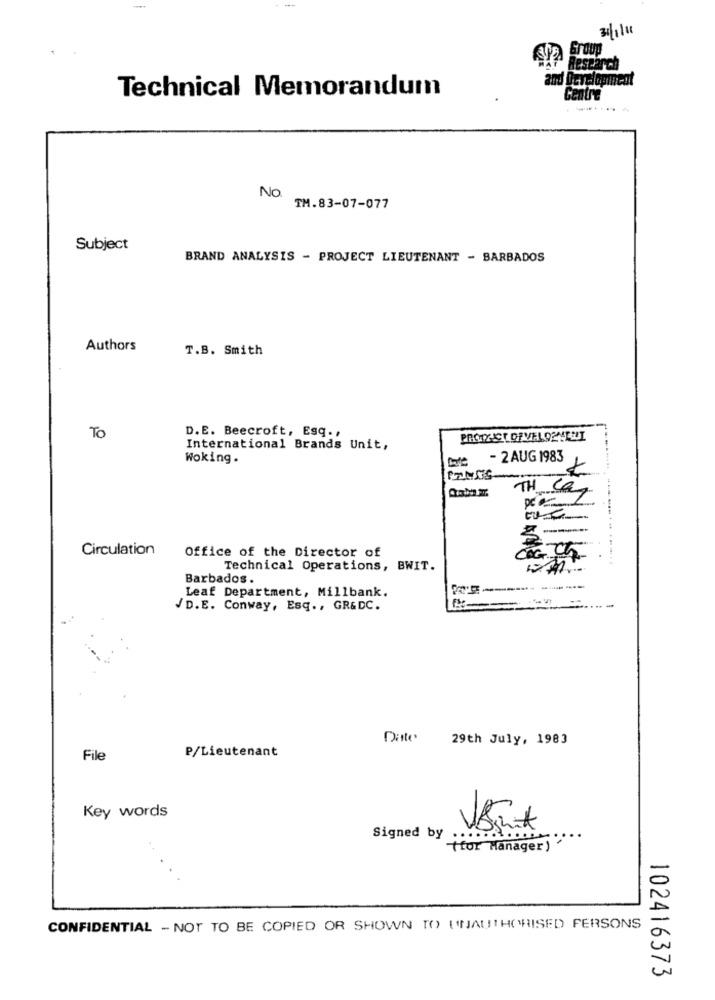
---
Bestarch
Technical Memorandum
Centre
No.
TM.83-07-077
Subject
BRAND ANALYSIS - PROJECT LIEUTENANT - BARBADOS
Authors
T.B. Smith
D.E. Beecroft, Esq. ,
TO
International Brands Unit,
Woking .
- 2 AUG 1983
TH Car
Circulation
Office of the Director of
Technical Operations, BWIT.
Barbados.
Leaf Department, Millbank.
----
/D.E. Conway, Esq ., GR&DC.
Ditte
29th July, 1983
File
P/Lieutenant
Key words
Signed by .....
(for Manager)
CONFIDENTIAL - NOT TO BE COPIED OR SHOWN TO UNAUTHORISED FERSONS
102416373